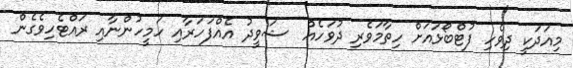
މިއަދަކީ ދިވެހި ފުޓްބޯޅައަށް ހިތާމަވެރި ދުވަހެއް  ޝަވީދު އެއްފަހަރާއި ހަމީހުންނާއި ރައްޓެހިވެގެން